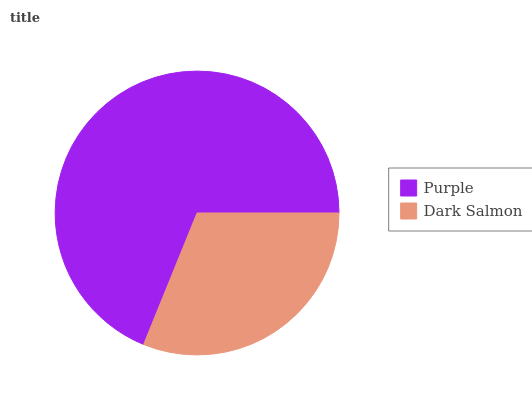
| Purple | Dark Salmon |
 | --- | --- |
 | 68.8% | 31.2% |